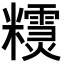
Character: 𥽣